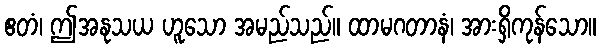
ဧတံ၊ ဤအနုသယ ဟူသော အမည်သည်။ ထာမဂတာနံ၊ အားရှိကုန်သော။